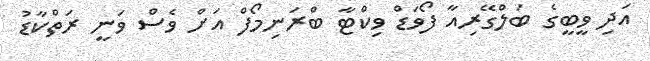
އަދި ވީބީގެ ބަލްގޭރިއާ ފޯވަޑް ވިކްޓާ ބްރަނިމޯފް އަށް ވެސް ވަނީ ރަތްކާޑު